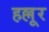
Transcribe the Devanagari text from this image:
हल्लूर